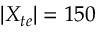
| X _ { t e } | = 1 5 0